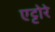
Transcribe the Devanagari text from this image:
एट्टोरे